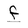
Character: f